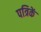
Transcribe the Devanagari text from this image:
पत्रिकें